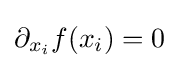
\partial _{x_{i}}f(x_{i})=0